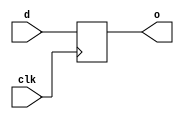
module df(input wire clk, d, output wire o);
    reg data;
    always @(posedge clk)
        data <= d;
    assign o = data;
endmodule

module df_4b(input wire clk, input wire [3:0] d, output wire [3:0] o);
    df dff0(clk, d[0], o[0]);
    df dff1(clk, d[1], o[1]);
    df dff2(clk, d[2], o[2]);
    df dff3(clk, d[3], o[3]);
endmodule

module mux4x1_4b(input wire [3:0] i0, i1, i2, i3, input wire [1:0] op, output wire [3:0] y);
    wire [3:0] w0, w1;
    assign w0 = op[0]?i1:i0;
    assign w1 = op[0]?i3:i2;
    assign y = op[1]?w1:w0;
endmodule

module shiftreg(input wire clk, input wire [3:0] i, input wire [1:0] op, output wire [3:0] y);
    wire [3:0] x, out, i0, i1, i2, i3;
    df_4b dfset(clk, i, x);
    assign i0 = {i[2:0], 1'b0};
    assign i1 = {1'b0, i[3:1]};
    assign i2 = {i[2:0], i[3]};
    assign i3 = {i[0], i[3:1]};
    mux4x1_4b mux(i0, i1, i2, i3, op, out);
    df_4b dfshift(clk, out, y);
endmodule